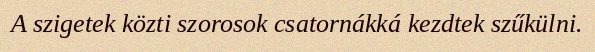
A szigetek közti szorosok csatornákká kezdtek szűkülni.